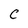
Character: C